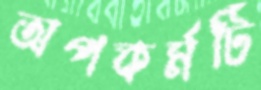
অপকর্মটি